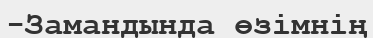
-Замандында өзімнің